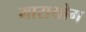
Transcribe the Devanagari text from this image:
मारायोग